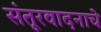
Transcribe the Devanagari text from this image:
संतूरवादनाचे